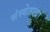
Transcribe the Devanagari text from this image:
संस्थेतल्या